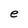
Character: e